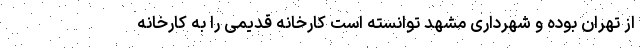
از تهران بوده و شهرداری مشهد توانسته است کارخانه قدیمی را به کارخانه